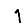
Digit: 1